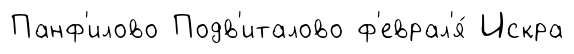
Панф'илово Подв'италово ф'еврал'я́ Искра